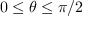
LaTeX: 0 \leq \theta \leq \pi / 2